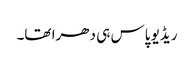
ریڈیو پاس ہی دھرا تھا۔